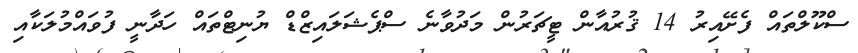
ސްކޫލްތައް ފެށޭއިރު 14 ޤުރުއާން ޓީޗަރުން މަދުވާނެ ސްޕެޝަލައިޒްޑް ޔުނިޓްތައް ހަދާނީ ފުވައްމުލަކާއި